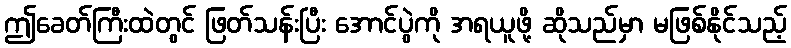
ဤခေတ်ကြီးထဲတွင် ဖြတ်သန်းပြီး အောင်ပွဲကို အရယူဖို့ ဆိုသည်မှာ မဖြစ်နိုင်သည့်